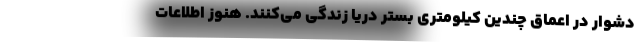
دشوار در اعماق چندین کیلومتری بستر دریا زندگی می‌کنند. هنوز اطلاعات